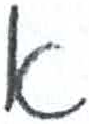
אות: א